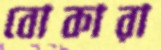
বোকারা